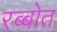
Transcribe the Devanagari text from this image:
रब्बोत